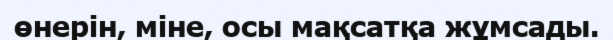
өнерін, міне, осы мақсатқа жұмсады.